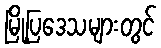
မြို့ပြဒေသများတွင်